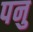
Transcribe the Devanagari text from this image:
पनु